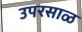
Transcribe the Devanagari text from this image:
उपरसाळ